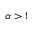
\alpha > 1